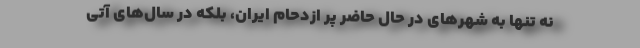
نه تنها به شهرهای در حال حاضر پر ازدحام ایران، بلکه در سال‌های آتی